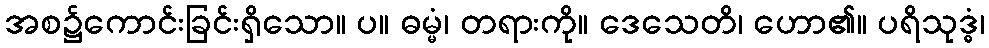
အစ၌ကောင်းခြင်းရှိသော။ ပ။ ဓမ္မံ၊ တရားကို။ ဒေသေတိ၊ ဟော၏။ ပရိသုဒ္ဓံ၊